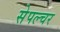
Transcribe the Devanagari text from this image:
सेपल्चर